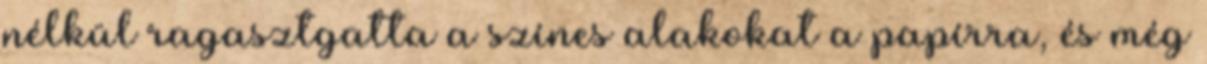
nélkül ragasztgatta a színes alakokat a papírra, és még